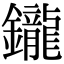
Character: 鑨